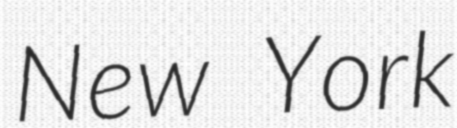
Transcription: New York